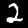
Digit: 2